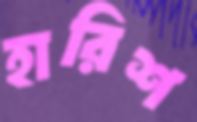
হারিশ